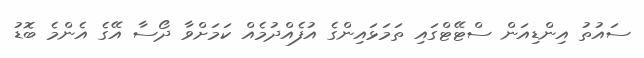
ސައުތު އިންޑިއަން ސްޓޭޓްގައި ތަމަޅައިންގެ އުފެއްދުމެއް ކަމަށްވާ ދޯސާ އޭގެ އެންމެ ބޮޑު